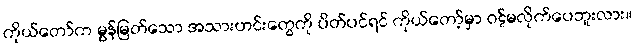
ကိုယ်တော်က မွန်မြတ်သော အသားဟင်းတွေကို ပိတ်ပင်ရင် ကိုယ်တော့်မှာ ဝဋ်မလိုက်ပေဘူးလား။